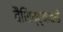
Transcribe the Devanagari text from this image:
वैशिष्ट्याकडे